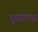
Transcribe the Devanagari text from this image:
दुसरीचा